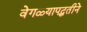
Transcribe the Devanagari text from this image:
वेगळ्यापद्धतीने